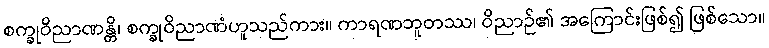
စက္ခုဝိညာဏန္တိ၊ စက္ခုဝိညာဏံဟူသည်ကား။ ကာရဏဘူတဿ၊ ဝိညာဉ်၏ အကြောင်းဖြစ်၍ ဖြစ်သော။